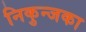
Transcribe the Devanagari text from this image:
निकुन्जका